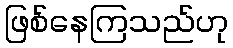
ဖြစ်နေကြသည်ဟု